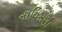
નાવિસણા